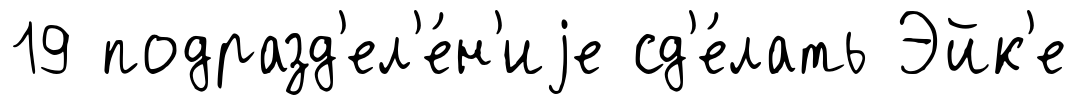
19 подразд'ел'е́н'иjе сд'е́лать Эйк'е